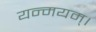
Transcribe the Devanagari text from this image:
यन्मयम्।